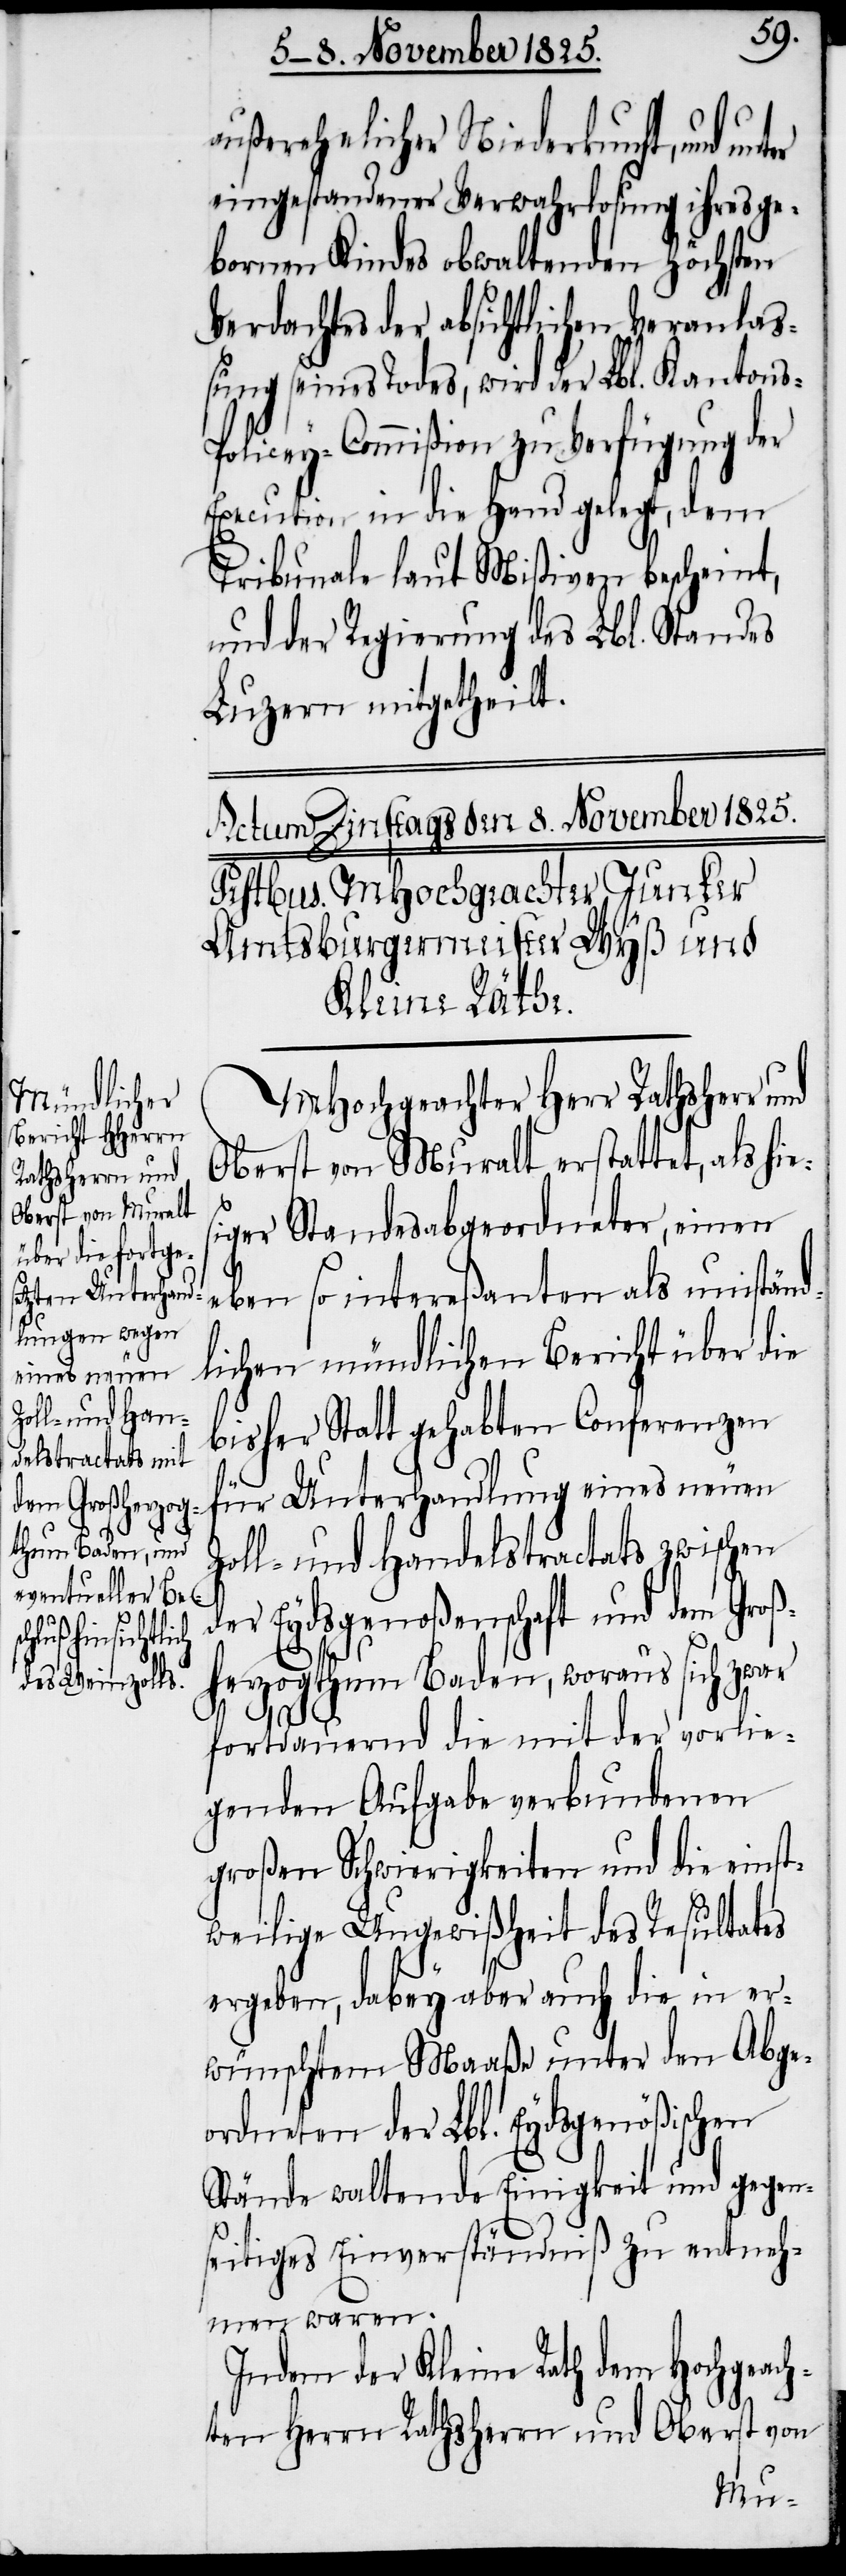
außerehelicher Niederkunft, und
eingestandener Verwahrlosung ihres ge¬
bornen Kindes obwaltenden höchsten
Verdachtes der absichtlichen Veranlaß¬
ung seines Todes, wird der Lbl. Kanton¬
olicey-Commißion zu Verfügung der
Execution in die Hand gelegt, dem
Tribunale laut Mißiven bescheint,
und der Regierung des Lbl. Standes
Luzern mitgetheilt.
MHochgeachter Herr Rathsherr und
Oberst von Muralt erstattet, als hie¬
s¬
iger Standesabgeordneter, einen
eben so intereßanten als umständ¬
lichen mündlichen Bericht über die
bisher Statt gehabten Conferenzen
für Unterhandlung eines neuen
Zoll- und Handelstractats zwischen
der Eydsgenoßenschaft und dem Groß¬
herzogthum Baden, woraus sich zwar
fortdauernd die mit der vorlie¬
genden Aufgabe verbundenen
großen Schwierigkeiten und die einst¬
weilige Ungewißheit des Resultates
ergeben, dabey aber auch die in er¬
wünschtem Maaße unter den Abge¬
ordneten der Lbl. Eydsgenößischen
Stände waltende Einigkeit und gegen¬
seitiges Einverständniß zu entneh¬
men waren.
Indem der Kleine Rath dem Hochgeach¬
Oberst von
ten Herrn Rathsherrn und
s-P¬